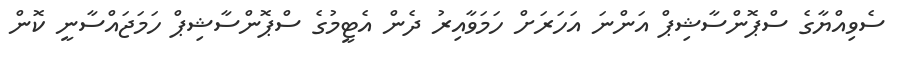
ސެވިއްޔާގެ ސްޕޮންސާޝިޕް އަންނަ އަހަރަށް ހަމަވާއިރު ދެން އެޓީމުގެ ސްޕޮންސާޝިޕް ހަމަޖައްސާނީ ކޮން